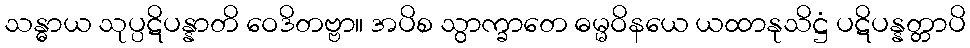
သန္ဓာယ သုပ္ပဋိပန္နာတိ ဝေဒိတဗ္ဗာ။ အပိစ သွာက္ခာတေ ဓမ္မဝိနယေ ယထာနုသိဋ္ဌံ ပဋိပန္နတ္တာပိ